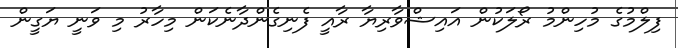
ފިލްމުގެ މުހިންމު ރޯލަކުން އައިޝްވާރިޔާ ރާއީ ފެނިގެންދާނެކަން މިހާރު މި ވަނީ ޔަގީން